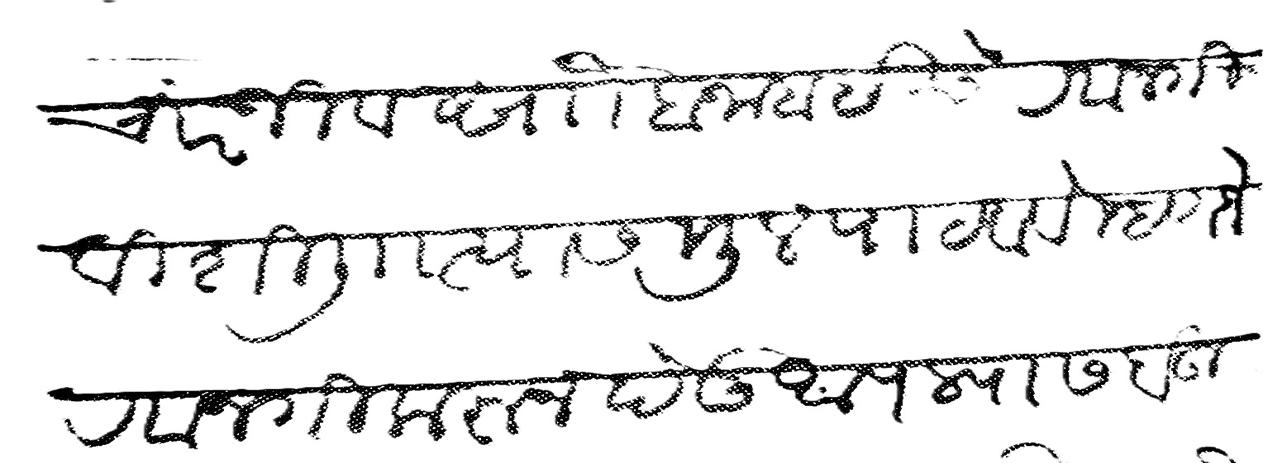
Transliteration (Devanagari): चिरंजीव सौ बजाबाईचे रवानगी विशि लि त्यास मुल पाटवावे म्हणजे रवानगी करून देऊ आपल्यास बहुत